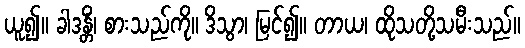
ယူ၍။ ခါဒန္တိံ၊ စားသည်ကို။ ဒိသွာ၊ မြင်၍။ တာယ၊ ထိုသတို့သမီးသည်။